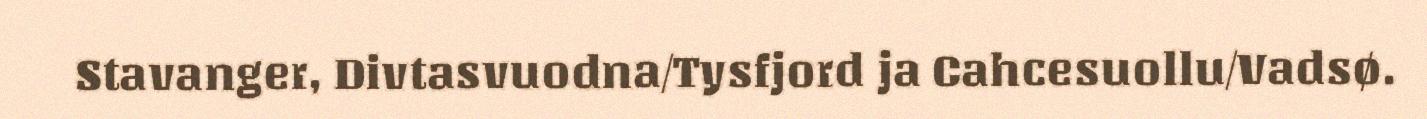
Stavanger, Divtasvuodna/Tysfjord ja Cahcesuollu/Vadsø.